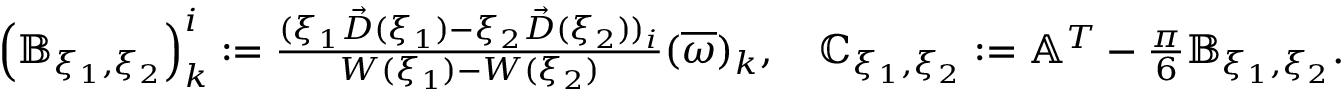
\begin{array} { r } { \left( \mathbb { B } _ { \xi _ { 1 } , \xi _ { 2 } } \right) _ { k } ^ { i } : = \frac { ( \xi _ { 1 } \vec { D } ( \xi _ { 1 } ) - \xi _ { 2 } \vec { D } ( \xi _ { 2 } ) ) _ { i } } { W ( \xi _ { 1 } ) - W ( \xi _ { 2 } ) } ( \overline { { \omega } } ) _ { k } , \quad \mathbb { C } _ { \xi _ { 1 } , \xi _ { 2 } } : = \mathbb { A } ^ { T } - \frac { \pi } 6 \mathbb { B } _ { \xi _ { 1 } , \xi _ { 2 } } . } \end{array}